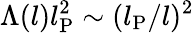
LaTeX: \Lambda(l)l_{\mathrm{P}}^{2}\sim(l_{\mathrm{P}}/l)^{2}